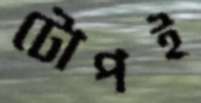
টোপই